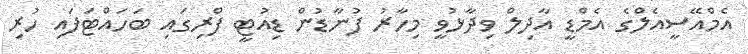
އެމްއޭސީއެލްގެ އެމްޑީ އާދިލް ވިދާޅުވީ މިހާރު ފުނާޑުން ޑިއުޓީ ފްރިގައި ބަހައްޓަފައި ހުރި